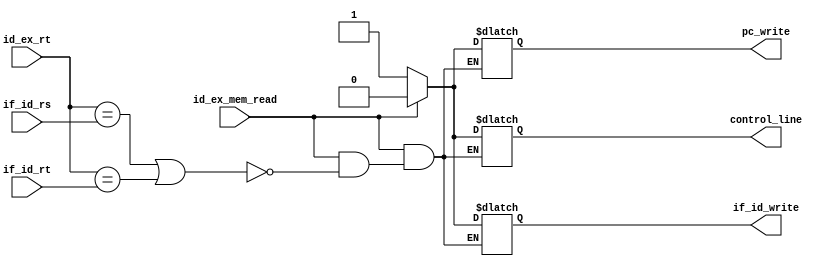
module hazard_detect_unit (input [4:0] if_id_rs, input [4:0] if_id_rt, input [4:0] id_ex_rt,input id_ex_mem_read, 
			   output reg control_line, output reg  if_id_write, output reg pc_write);

always@(if_id_rs, if_id_rt, id_ex_rt, id_ex_mem_read)
begin
	if(id_ex_mem_read)	//if hazard occurs make the control lines = 0  
	begin
		if(id_ex_rt == if_id_rs || id_ex_rt == if_id_rt)
		begin
			control_line = 1'b0;
			if_id_write = 1'b0;
			pc_write = 1'b0;
		end
	end
	else					//if hazard doesnot occurs make the control lines = 1 
	begin
			control_line = 1'b1;
			if_id_write = 1'b1;
			pc_write = 1'b1;
	end
end
endmodule